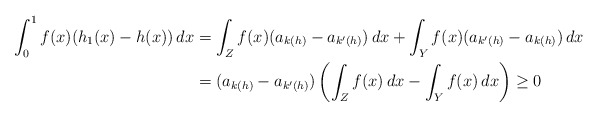
\begin{align*}\int^1_0 f(x)(h_1(x) - h(x)) \, dx &= \int_{Z} f(x) (a_{k(h)} - a_{k'(h)}) \, dx + \int_Y f(x) (a_{k'(h)} - a_{k(h)}) \, dx\\&= (a_{k(h)} - a_{k'(h)}) \left( \int_{Z} f(x) \, dx - \int_Y f(x) \, dx \right) \geq 0\end{align*}